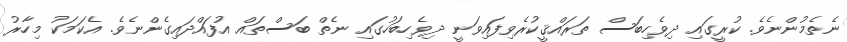
ނެތެމުންނެވެ. ކުރީގައި ދިވެހިބަސް ތަރައްޤީކުރެވިފައިވަނީ ދިވެހިބަހުގައި ނެތް ބަސްތައް އުފައްދައިގެންނެވެ. އެކަމަކު މިހާރު